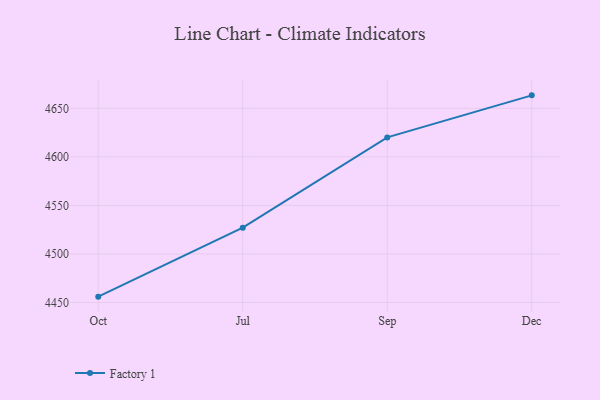
{"axis": {"x": "Month", "y": "Tickets Resolved"}, "legend": ["Factory 1"], "data": [{"x": "Oct", "y": 4456.0, "type": "Factory 1"}, {"x": "Jul", "y": 4527.1, "type": "Factory 1"}, {"x": "Sep", "y": 4620.1, "type": "Factory 1"}, {"x": "Dec", "y": 4663.4, "type": "Factory 1"}]}